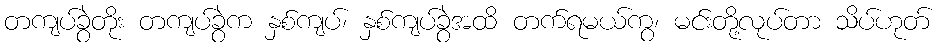
တကျပ်ခွဲတိုး တကျပ်ခွဲက နှစ်ကျပ်၊ နှစ်ကျပ်ခွဲအထိ တက်ရမယ်ကွ၊ မင်းတို့လုပ်တာ သိပ်ဟုတ်